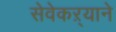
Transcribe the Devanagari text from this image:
सेवेकऱ्याने